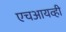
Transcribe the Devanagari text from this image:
एचआयव्ही